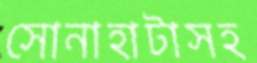
সোনাহাটাসহ